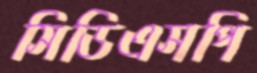
সিডিএসপি